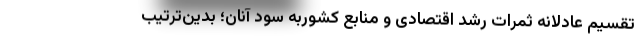
تقسیم عادلانه‌ ثمرات رشد اقتصادی و منابع کشوربه سود آنان؛ بدین‌ترتیب